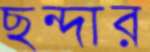
ছন্দার